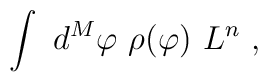
\int \ d^M\varphi \ \rho(\varphi) \ L^n \ ,